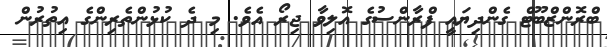
ބްރޮންޒްބޫޓް ގެންދިޔައީ ފްރާންސުގެ އޮލިވާ ޖިރޯ އެވެ. މި ދެ ކުޅުންތެރިންގެ އިތުރުން